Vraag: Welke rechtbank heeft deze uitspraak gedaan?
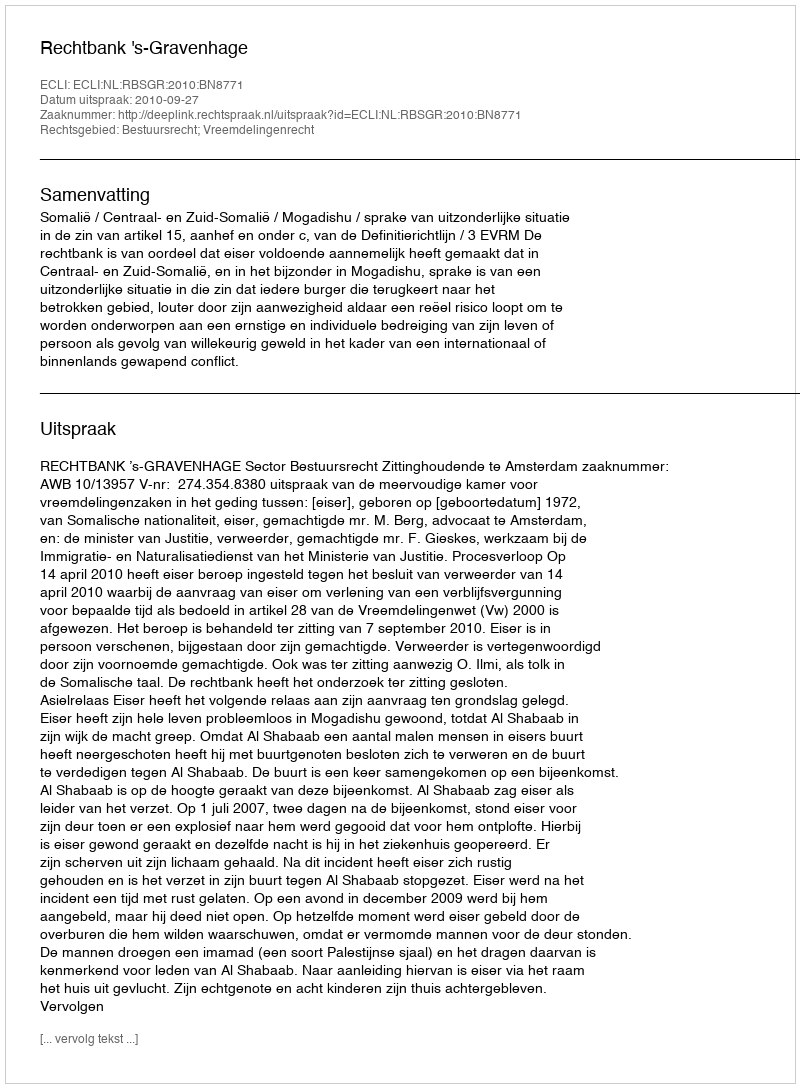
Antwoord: Rechtbank 's-Gravenhage